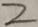
2